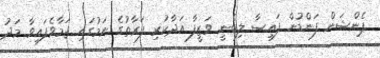
ޕެންޝަން ފަންޑުން ފައިސާ ލިބެނީ ވަޒީފާ އަދާކުރި ފަރާތުގެ ނަމުގައި ޖަމާވެފައިވާ މަދު